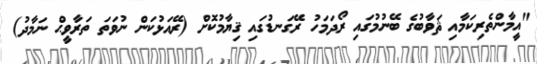
"އީމާންތެރިކަމާއި ޘަވާބުގެ ބޭނުމުގައި ރޯދަމަހު ރޭގަނޑުގައި ޤިޔާމުކޮށް (ރޭއަޅުކަން ނުވަތަ ތަރާވީޙް ނަމާދު)